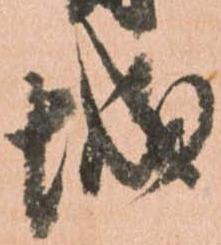
城